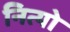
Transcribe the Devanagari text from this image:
नित्यो